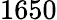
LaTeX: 1650